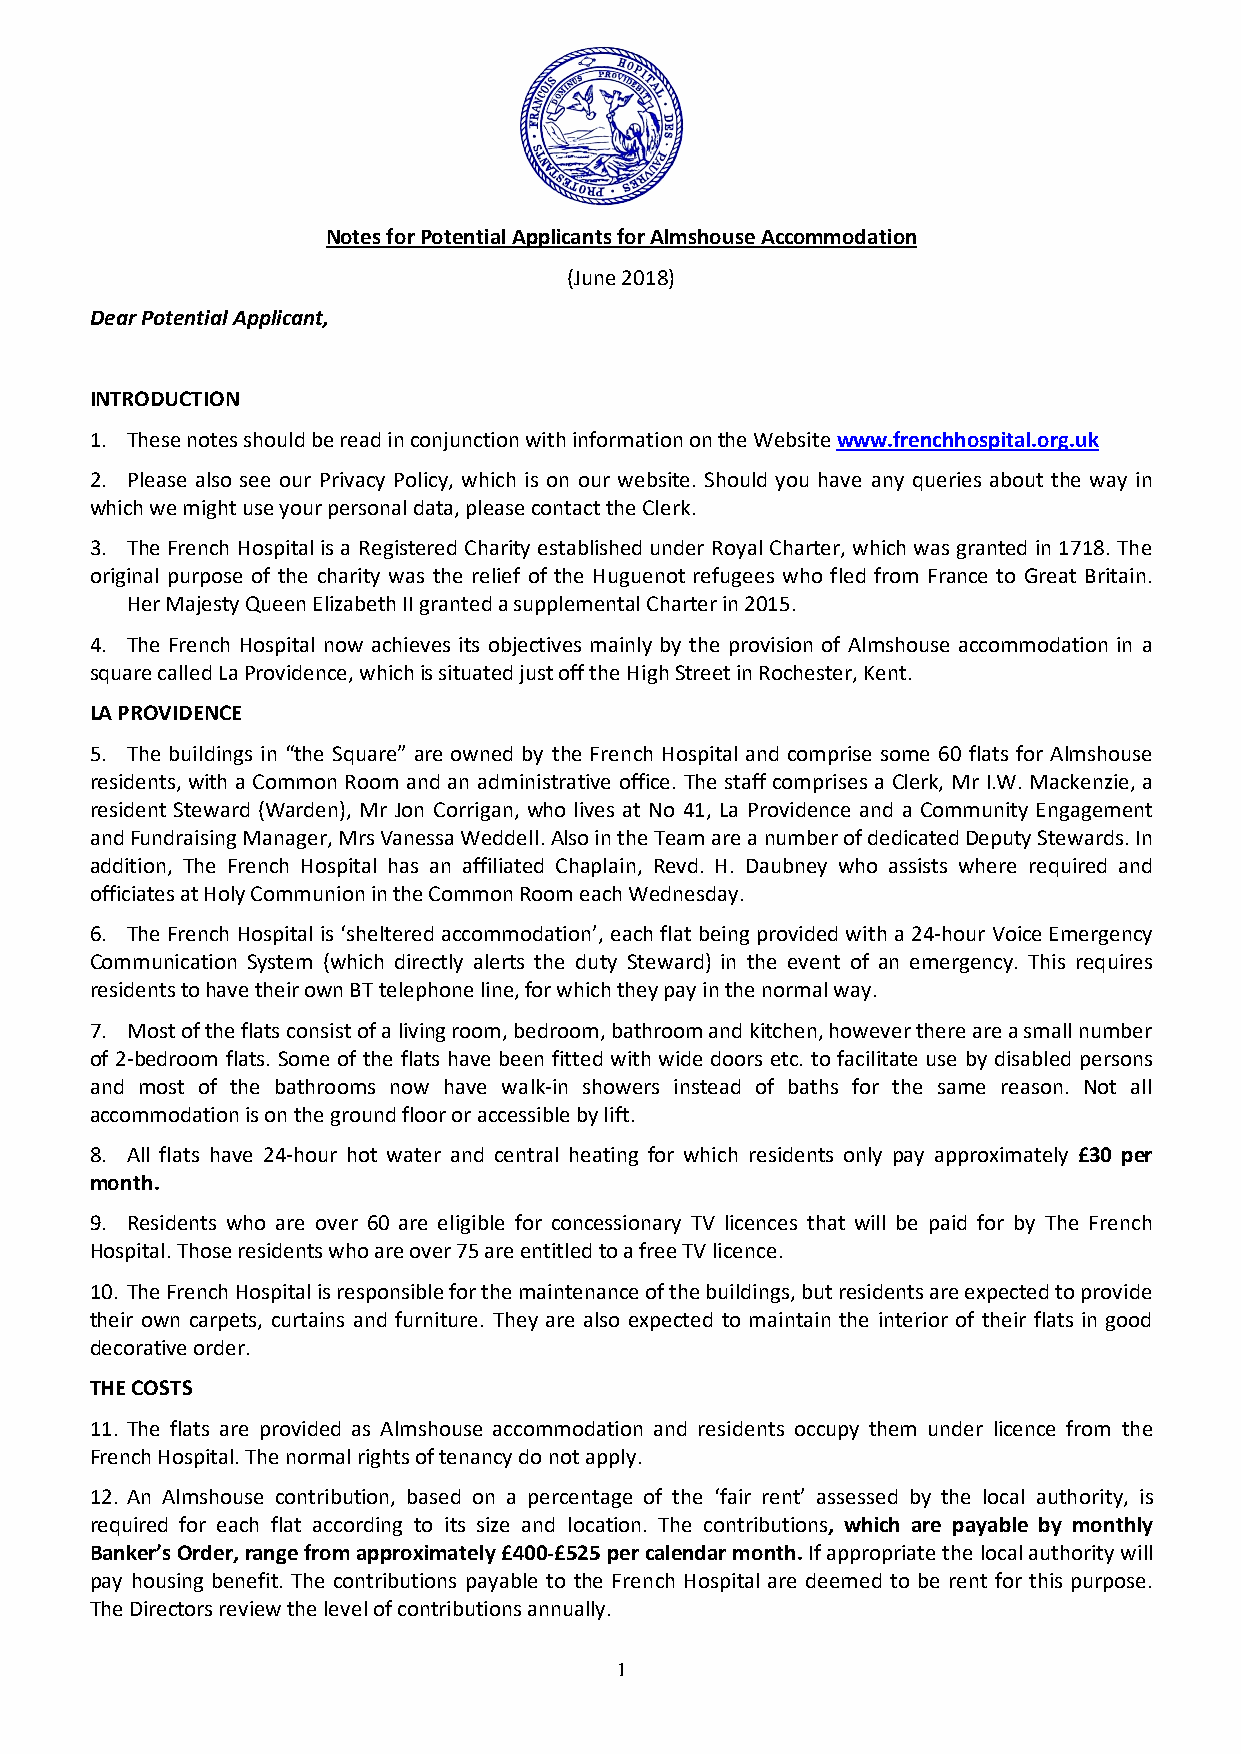
Notes for Potential Applicants for Almshouse Accommodation
 (June 2018)
 Dear Potential Applicant,
 INTRODUCTION
 1. These notes should be read in conjunction with information on the Website www.frenchhospital.org.uk
 2. Please also see our Privacy Policy, which is on our website. Should you have any queries about the way in
 which we might use your personal data, please contact the Clerk.
 3. The French Hospital is a Registered Charity established under Royal Charter, which was granted in 1718. The
 original purpose of the charity was the relief of the Huguenot refugees who fled from France to Great Britain.
 Her Majesty Queen Elizabeth II granted a supplemental Charter in 2015.
 4. The French Hospital now achieves its objectives mainly by the provision of Almshouse accommodation in a
 square called La Providence, which is situated just off the High Street in Rochester, Kent.
 LA PROVIDENCE
 5. The buildings in “the Square” are owned by the French Hospital and comprise some 60 flats for Almshouse
 residents, with a Common Room and an administrative office. The staff comprises a Clerk, Mr I.W. Mackenzie, a
 resident Steward (Warden), Mr Jon Corrigan, who lives at No 41, La Providence and a Community Engagement
 and Fundraising Manager, Mrs Vanessa Weddell. Also in the Team are a number of dedicated Deputy Stewards. In
 addition, The French Hospital has an affiliated Chaplain, Revd. H. Daubney who assists where required and
 officiates at Holy Communion in the Common Room each Wednesday.
 6. The French Hospital is ‘sheltered accommodation’, each flat being provided with a 24-hour Voice Emergency
 Communication System (which directly alerts the duty Steward) in the event of an emergency. This requires
 residents to have their own BT telephone line, for which they pay in the normal way.
 7. Most of the flats consist of a living room, bedroom, bathroom and kitchen, however there are a small number
 of 2-bedroom flats. Some of the flats have been fitted with wide doors etc. to facilitate use by disabled persons
 and most of the bathrooms now have walk-in showers instead of baths for the same reason. Not all
 accommodation is on the ground floor or accessible by lift.
 8. All flats have 24-hour hot water and central heating for which residents only pay approximately £30 per
 month.
 9. Residents who are over 60 are eligible for concessionary TV licences that will be paid for by The French
 Hospital. Those residents who are over 75 are entitled to a free TV licence.
 10. The French Hospital is responsible for the maintenance of the buildings, but residents are expected to provide
 their own carpets, curtains and furniture. They are also expected to maintain the interior of their flats in good
 decorative order.
 THE COSTS
 11. The flats are provided as Almshouse accommodation and residents occupy them under licence from the
 French Hospital. The normal rights of tenancy do not apply.
 12. An Almshouse contribution, based on a percentage of the ‘fair rent’ assessed by the local authority, is
 required for each flat according to its size and location. The contributions, which are payable by monthly
 Banker’s Order, range from approximately £400-£525 per calendar month. If appropriate the local authority will
 pay housing benefit. The contributions payable to the French Hospital are deemed to be rent for this purpose.
 The Directors review the level of contributions annually.
 1